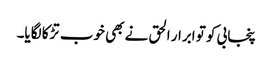
پنجابی کو تو ابرار الحق نے بھی خوب تڑکا لگایا۔